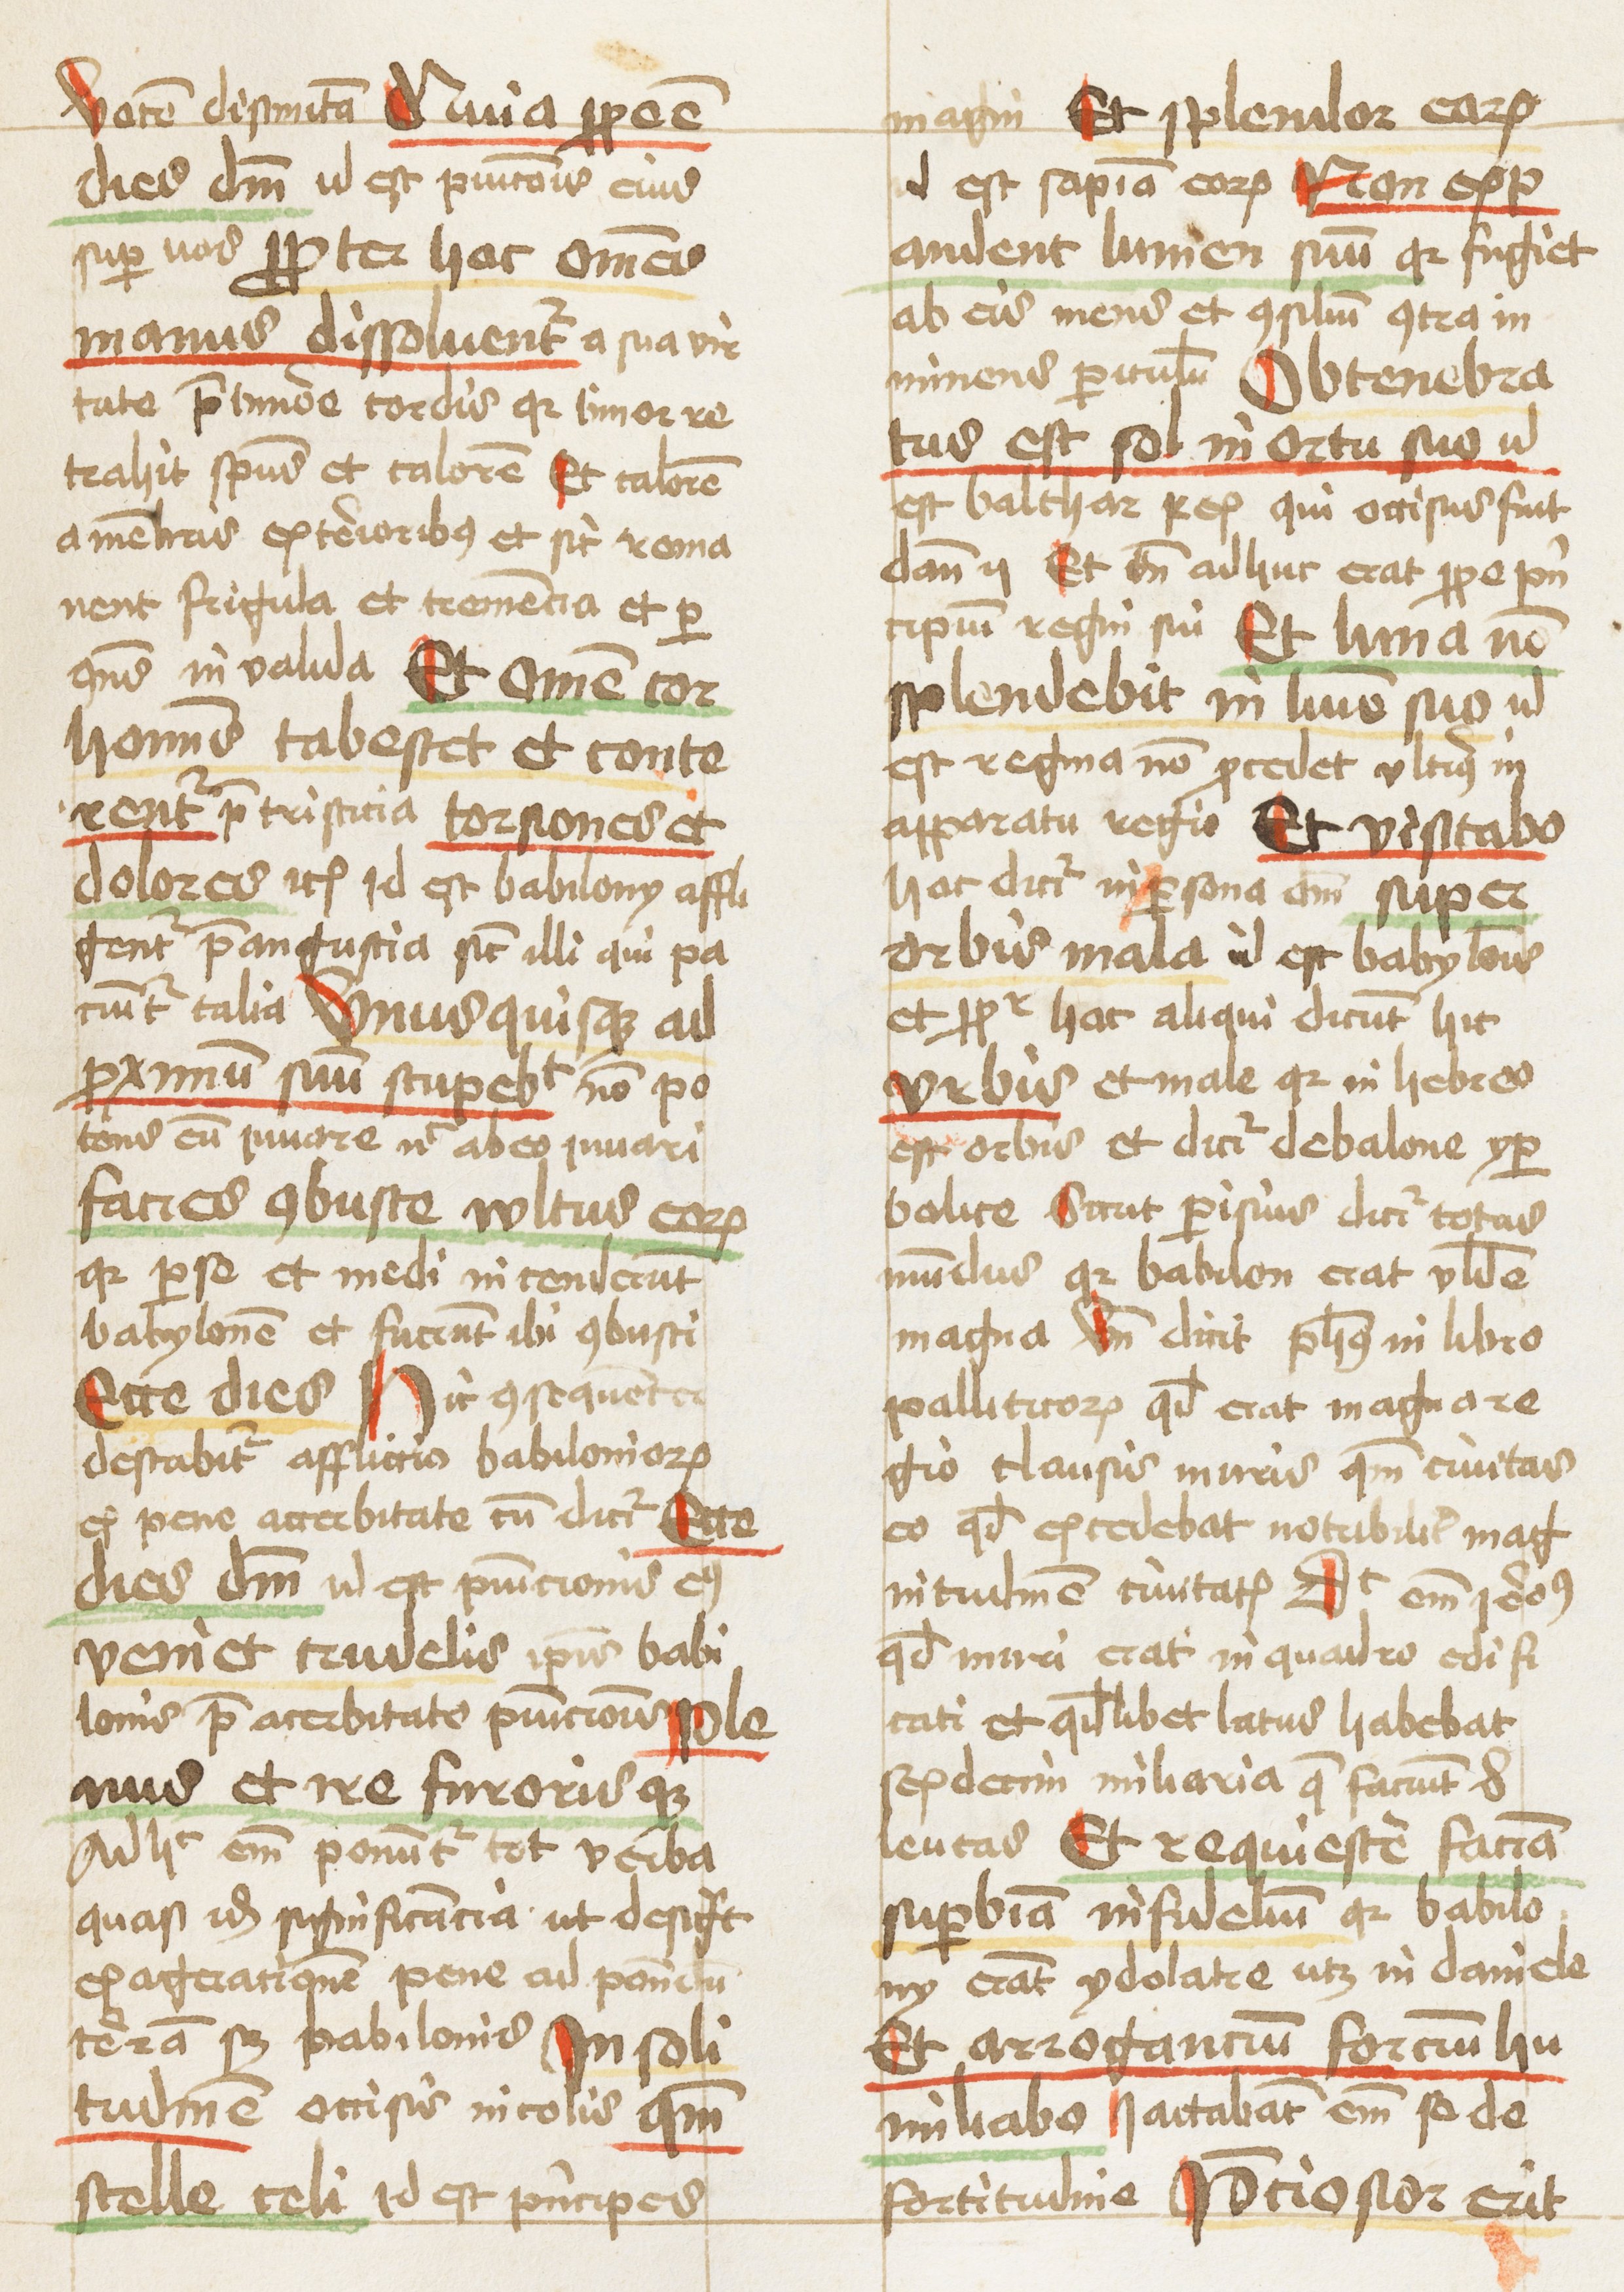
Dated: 1459–1459